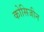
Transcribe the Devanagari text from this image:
कोसिजीन